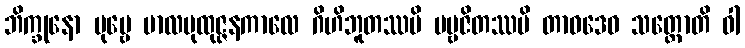
ဘိက္ခုနော ပုဗ္ဗေ ဗာလပုထုဇ္ဇနကာလေ ဂိဟိဘူတဿပိ ပဗ္ဗဇိတဿပိ တာဝဒေဝ သတ္တောတိ ဝါ